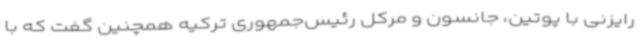
رایزنی با پوتین، جانسون و مرکل رئیس‌جمهوری ترکیه همچنین گفت که با